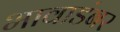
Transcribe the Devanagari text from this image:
भावाडंबर